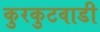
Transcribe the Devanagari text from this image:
कुरकुटवाडी